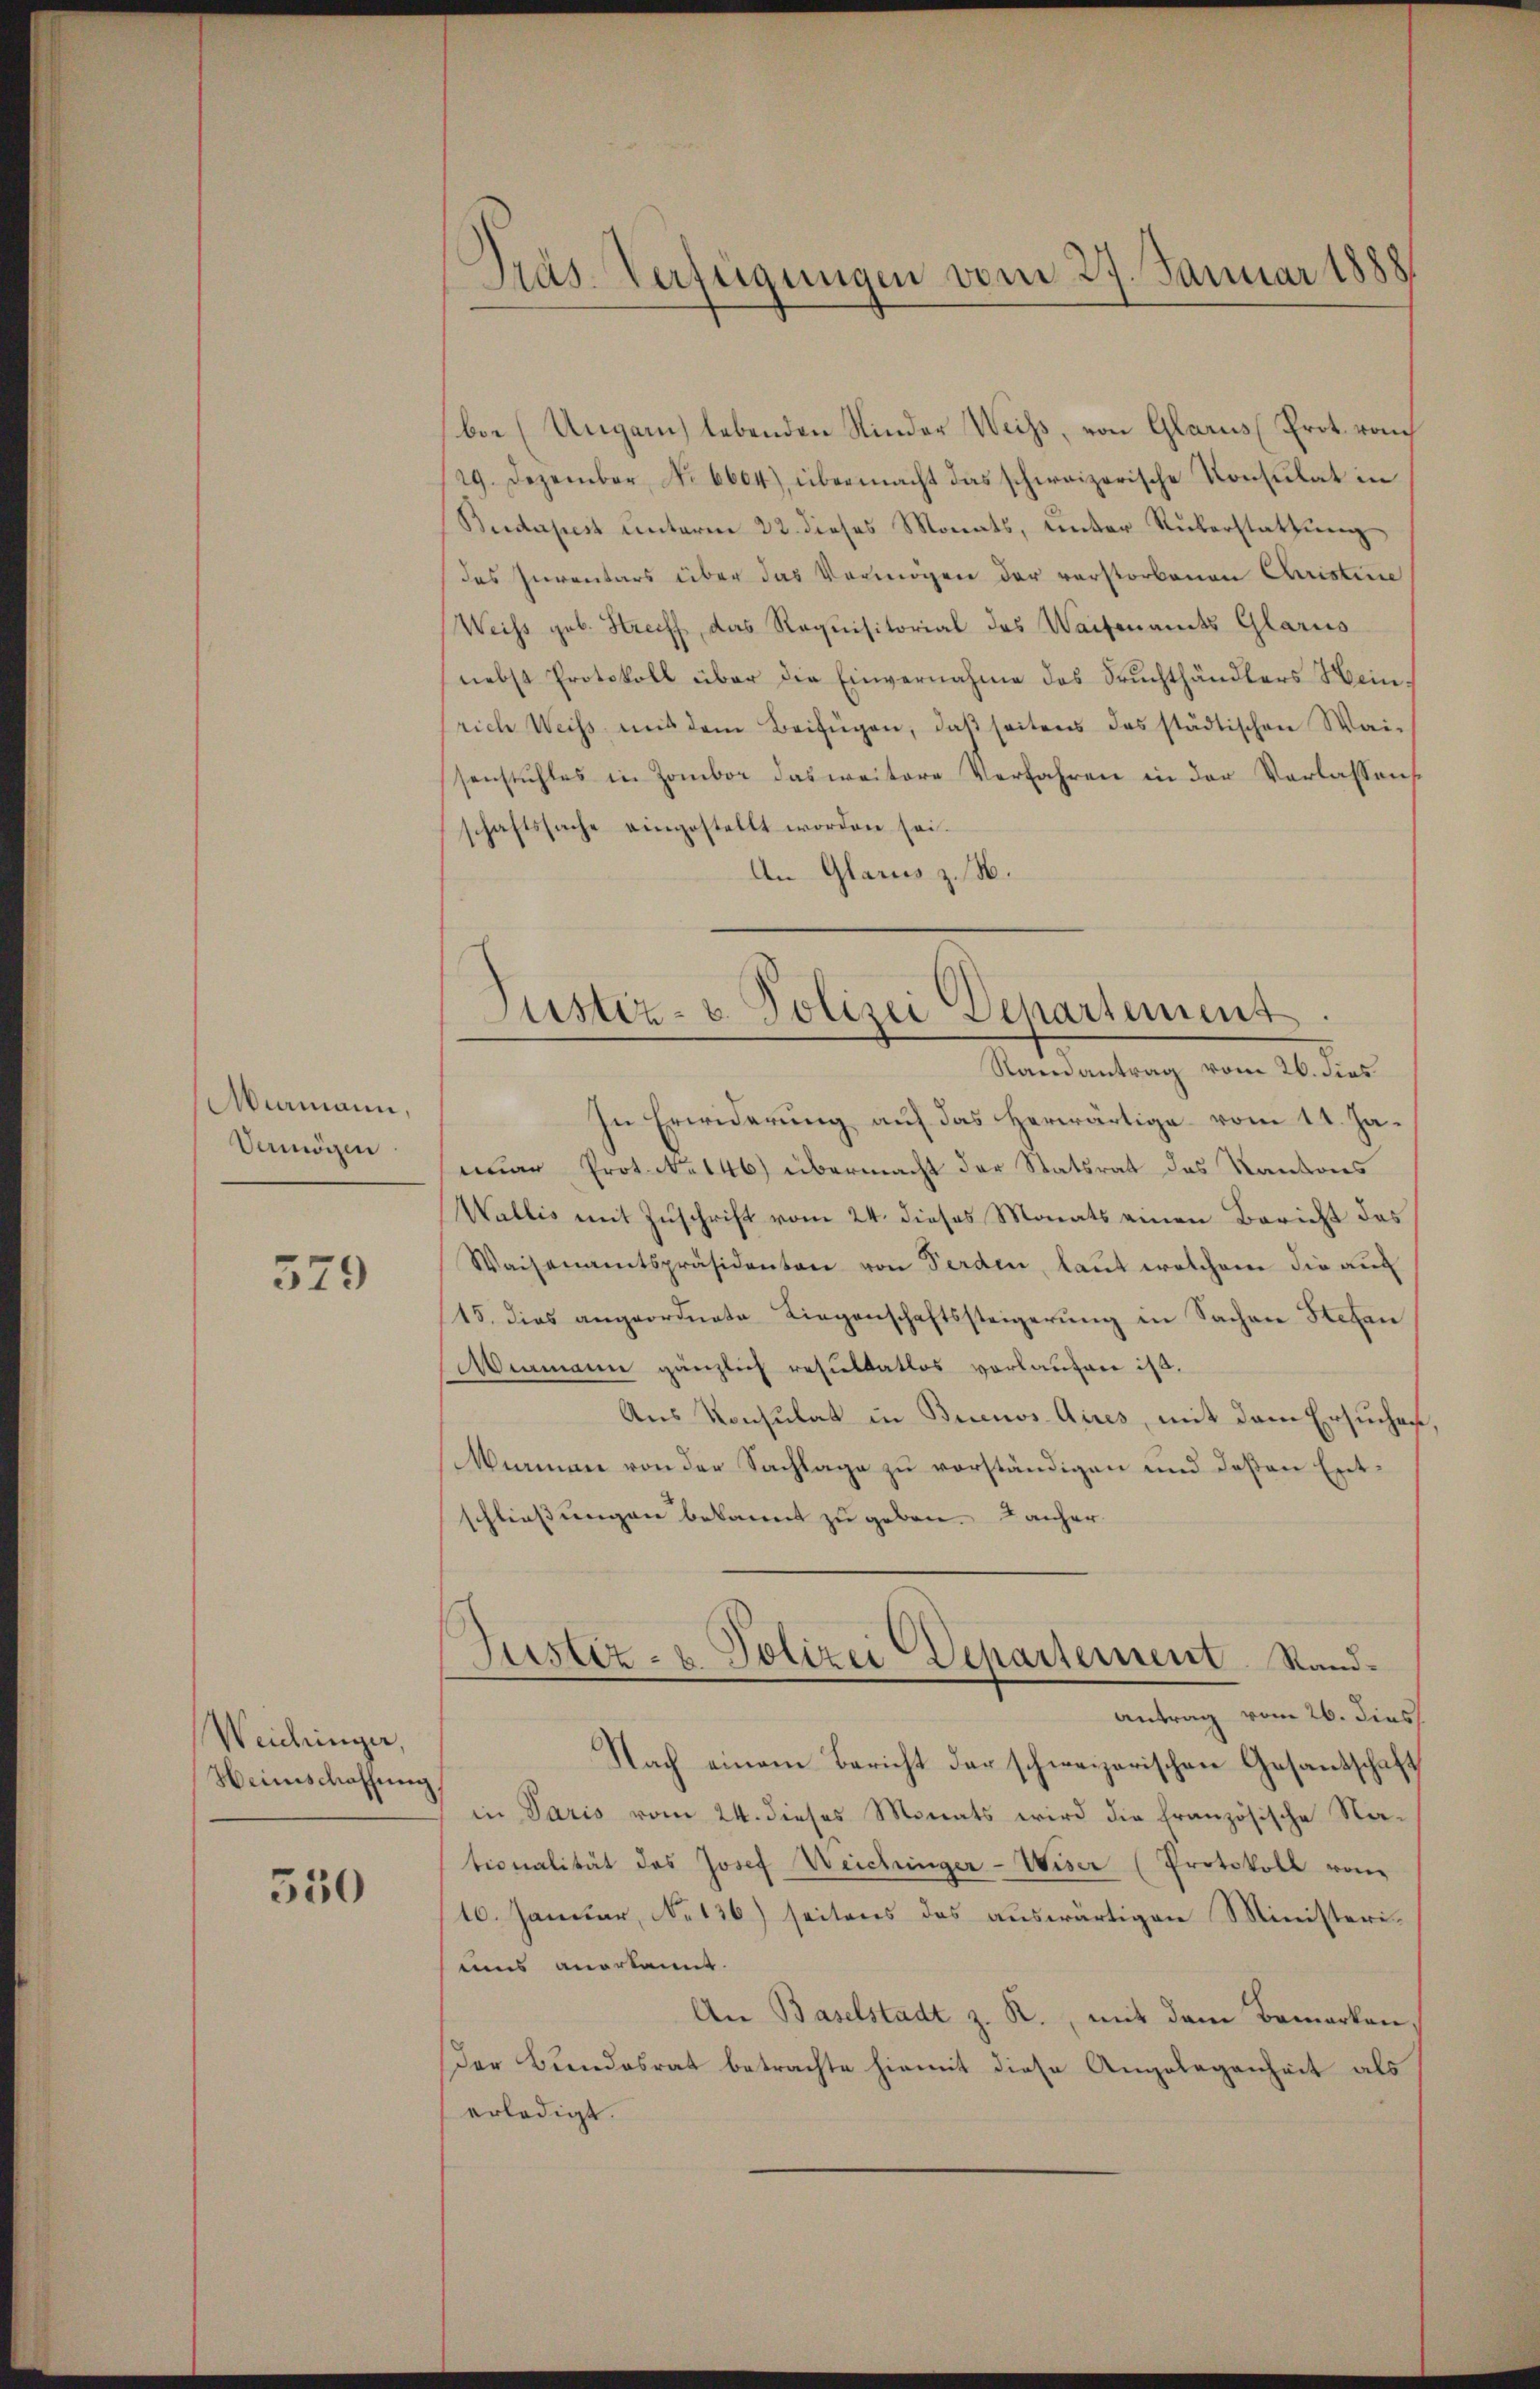
Miamann,
Vermögen

579

Weichinger,
Heimschaffung

550

Pras. Verfügungen vom 27. Januar 1888

be (Ungarn lebenden Kinder Weiss, von Glarus (Prot. rauch
19. Dezember, No 6604), übermacht das schweizerische Konsulat in
Budapest unterm 22. dieses Monats, unter Rükerstattung
des Inventars über das Vermögen der verstorbenen Christine
Weiss geb. Streiff, das Requisitorial des Waisenandts Glarus
nebst Protokoll über die Einvernahme des Suchthändlers Hein,
rich Weiβ mit dem Beifügen, daβ seitens das städtischen Wai-
senstuhles in Zambor das weitere Verfahren in der Verlassen
schaftssache eingestellt worden sei.
An Glarus z. B.
Samantrag vom 26. dies
In Erwiderung auf das herwärtige vom 11. Januar Prot. No 146) übermacht der Statsrat des Kantons
Wallis mit Zuschrift vom 24. dieses Monats einen Bericht des
Waisenamtspräsidenten von Perden, laut welchem die auc
15. dies angeordnete Liegenschaftssteigerŭng in Sachen Stefan
Aermann gänzlich resultatlos verlaufen ist.
Aus Konsulat in Buenos Aires, mit dem Ersuchen
Memme von der Sachlage zu verständigen und deßen Entschließungen bekannt zu geben. Lanher
Justiz- u Polizei Departement. Sand¬
Antrag vom 26. dies
Nach einem Bericht der schweizerischen Gesantschaft
in Paris vom 24. dieses Monats wird die französische Nationalität des Josef Weichinger-Weser (Protokoll von
16. Januar, No 136) seitens des auswärtigen Ministeriuins anerkannt.
An Baselstadt z. R., mit dem Bemerken,
Der Bundesrat betrachte hiemit diese Angelegenheit als
erledigt.

Justiz- & Polizei Departement.